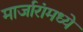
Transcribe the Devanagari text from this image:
मार्जारांमध्ये